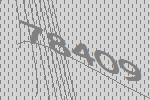
78409